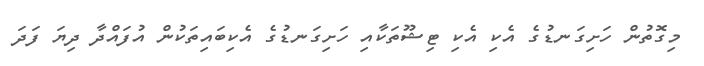
މިގޮތުން ހަށިގަނޑުގެ އެކި އެކި ޓިޝޫތަކާއި ހަށިގަނޑުގެ އެކިބައިތަކުން އުފައްދާ ދިޔަ ފަދަ